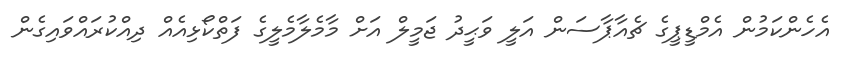
އެހެންކަމުން އެމްޑީޕީގެ ޗެއާޕާސަން އަލީ ވަޙީދު ޖަމީލް އަށް މާމެލާމެލީގެ ފަތްކޯޅިއެއް ދިއްކުރައްވައިގެން